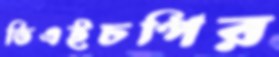
ভিএইচপির